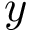
y